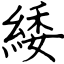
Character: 緌